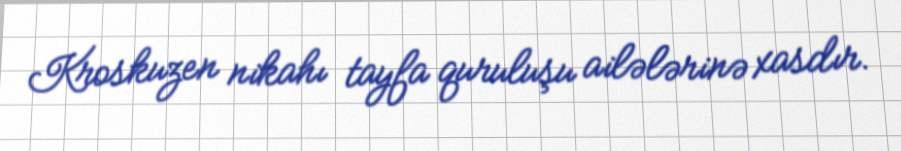
Kroskuzen nikahı tayfa quruluşu ailələrinə xasdır.